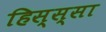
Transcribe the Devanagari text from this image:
हिस्स्सा